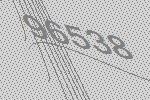
96538